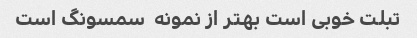
تبلت خوبی است بهتر از نمونه  سمسونگ است